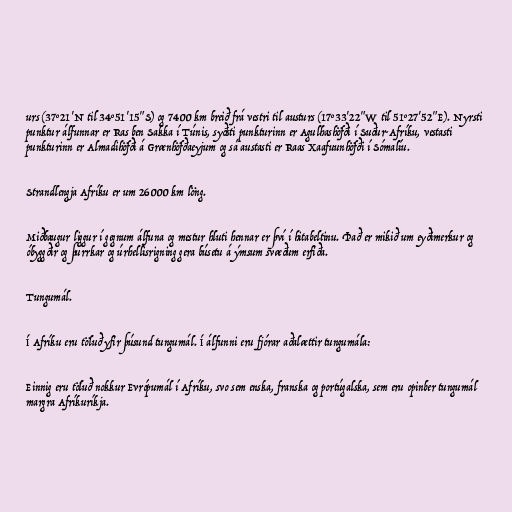
urs (37°21'N til 34°51'15"S) og 7400 km breið frá vestri til austurs (17°33'22"W til 51°27'52"E). Nyrsti
punktur álfunnar er Ras ben Sakka í Túnis, syðsti punkturinn er Agulhashöfði í Suður-Afríku, vestasti
punkturinn er Almadihöfði á Grænhöfðaeyjum og sá austasti er Raas Xaafuunhöfði í Sómalíu.

Strandlengja Afríku er um 26000 km löng.

Miðbaugur liggur í gegnum álfuna og mestur hluti hennar er því í hitabeltinu. Það er mikið um eyðimerkur og
óbyggðir og þurrkar og úrhellisrigning gera búsetu á ýmsum svæðum erfiða.

Tungumál.

Í Afríku eru töluð yfir þúsund tungumál. Í álfunni eru fjórar aðalættir tungumála:

Einnig eru töluð nokkur Evrópumál í Afríku, svo sem enska, franska og portúgalska, sem eru opinber tungumál
margra Afríkuríkja.